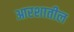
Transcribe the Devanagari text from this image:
आरशातील